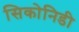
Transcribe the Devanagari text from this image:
सिकोनिडी